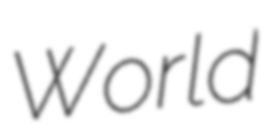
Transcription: World